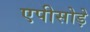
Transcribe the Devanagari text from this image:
एपीसोड़े